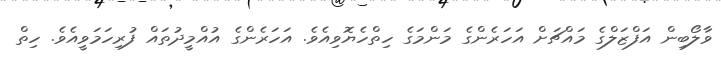
ވާލޯބިން އަފްޒަލްގެ މައްޗަށް އަހަރެންގެ މަންމަގެ ހިތްހެޔޮވިއެވެ. އަހަރެންގެ އުއްމީދުތައް ފުރިހަމަވީއެވެ. ހިތް